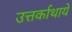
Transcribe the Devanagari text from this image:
उत्तर्काथायें